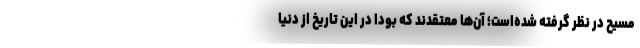
مسیح در نظر گرفته شده‌است؛ آن‌ها معتقدند که بودا در این تاریخ از دنیا